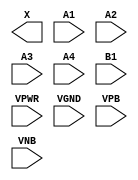
/**
 * Copyright 2020 The SkyWater PDK Authors
 *
 * Licensed under the Apache License, Version 2.0 (the "License");
 * you may not use this file except in compliance with the License.
 * You may obtain a copy of the License at
 *
 *     https://www.apache.org/licenses/LICENSE-2.0
 *
 * Unless required by applicable law or agreed to in writing, software
 * distributed under the License is distributed on an "AS IS" BASIS,
 * WITHOUT WARRANTIES OR CONDITIONS OF ANY KIND, either express or implied.
 * See the License for the specific language governing permissions and
 * limitations under the License.
 *
 * SPDX-License-Identifier: Apache-2.0
 */

`ifndef SKY130_FD_SC_MS__A41O_PP_BLACKBOX_V
`define SKY130_FD_SC_MS__A41O_PP_BLACKBOX_V

/**
 * a41o: 4-input AND into first input of 2-input OR.
 *
 *       X = ((A1 & A2 & A3 & A4) | B1)
 *
 * Verilog stub definition (black box with power pins).
 *
 * WARNING: This file is autogenerated, do not modify directly!
 */

`timescale 1ns / 1ps
`default_nettype none

(* blackbox *)
module sky130_fd_sc_ms__a41o (
    X   ,
    A1  ,
    A2  ,
    A3  ,
    A4  ,
    B1  ,
    VPWR,
    VGND,
    VPB ,
    VNB
);

    output X   ;
    input  A1  ;
    input  A2  ;
    input  A3  ;
    input  A4  ;
    input  B1  ;
    input  VPWR;
    input  VGND;
    input  VPB ;
    input  VNB ;
endmodule

`default_nettype wire
`endif  // SKY130_FD_SC_MS__A41O_PP_BLACKBOX_V